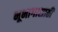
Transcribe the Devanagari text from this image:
भूभागासाठी